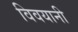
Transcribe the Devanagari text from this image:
विवयानी